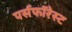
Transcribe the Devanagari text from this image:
पर्सफॉरेस्ट